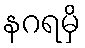
နဂရမှိ